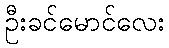
ဦးခင်မောင်လေး